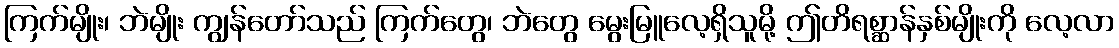
ကြက်မျိုး၊ ဘဲမျိုး ကျွန်တော်သည် ကြက်တွေ၊ ဘဲတွေ မွေးမြူလေ့ရှိသူမို့ ဤတိရစ္ဆာန်နှစ်မျိုးကို လေ့လာ